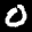
Label: 0